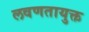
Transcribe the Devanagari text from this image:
लवणतायुक्त